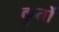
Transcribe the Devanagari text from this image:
कुर्तो